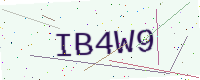
Text: IB4W9